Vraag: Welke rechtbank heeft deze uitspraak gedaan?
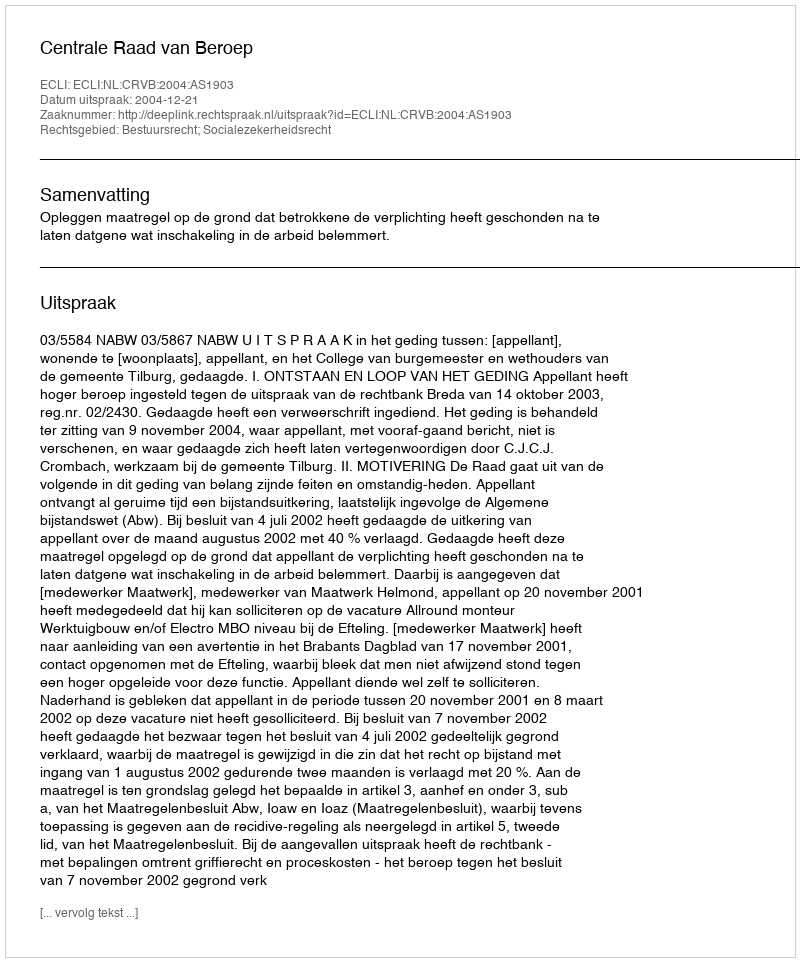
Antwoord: Centrale Raad van Beroep